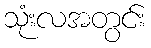
သုံးလအတွင်း